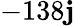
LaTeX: -138\mathbf{j}